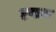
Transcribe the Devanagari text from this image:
हनाय